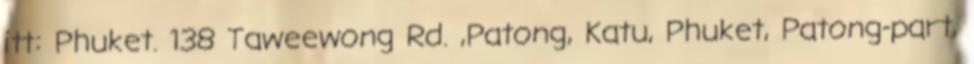
itt: Phuket. 138 Taweewong Rd. ,Patong, Katu, Phuket, Patong-part,